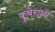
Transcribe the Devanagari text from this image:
कुबेरांनी